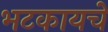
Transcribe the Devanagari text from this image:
भटकायचे